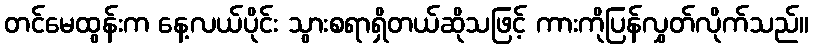
တင်မေထွန်းက နေ့လယ်ပိုင်း သွားစရာရှိတယ်ဆိုသဖြင့် ကားကိုပြန်လွှတ်လိုက်သည်။